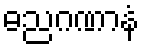
ဓညဂဏာနံ